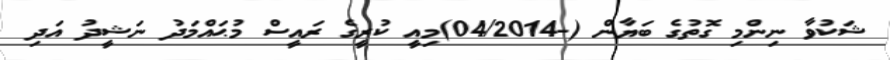
ޝަކުވާ ނިންމި ގޮތުގެ ބަޔާން (-04/2014)މިއީ ކުރީގެ ރައީސް މުޙައްމަދު ނަޝީދު އަދި